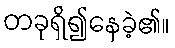
တခုရှိ၍နေခဲ့၏။